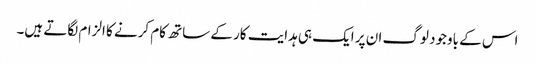
اس کے باوجود لوگ ان پر ایک ہی ہدایت کار کے ساتھ کام کرنے کا الزام لگاتے ہیں۔